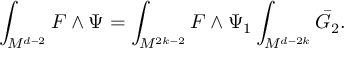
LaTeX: \int _ { M ^ { d - 2 } } F \wedge \Psi = \int _ { M ^ { 2 k - 2 } } F \wedge \Psi _ { 1 } \int _ { M ^ { d - 2 k } } \bar { G } _ { 2 } .